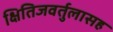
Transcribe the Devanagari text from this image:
क्षितिजवर्तुलासह